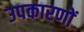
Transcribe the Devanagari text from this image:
उपकारणों